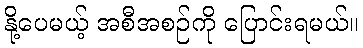
နို့ပေမယ့် အစီအစဉ်ကို ပြောင်းရမယ်။